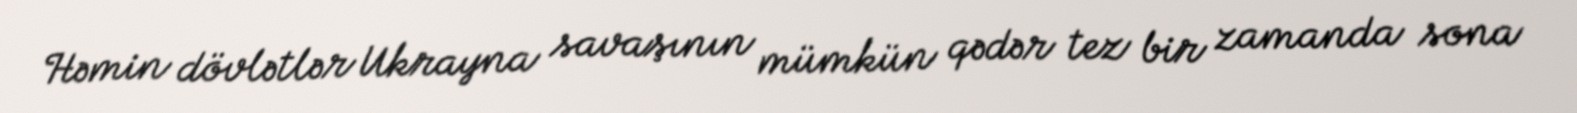
Həmin dövlətlər Ukrayna savaşının mümkün qədər tez bir zamanda sona